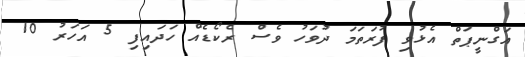
އަގްނީޕަތް އެޅުވި ފުރަތަމަ ދުވަހު ވެސް ރެކޯޑެއް ހަދައިފި 5 އަހަރު 10